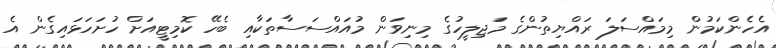
އެހެންކަމުން މިމައްސަލަ ރައްޔިތުންގެ މަޖިލީހުގެ މިނިވަން މުއައްސަސާތަކާއި ބެހޭ ކޮމިޓީއަށް ހުށަހަޅައިގެން އެ